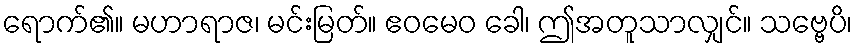
ရောက်၏။ မဟာရာဇ၊ မင်းမြတ်။ ဧဝမေဝ ခေါ၊ ဤအတူသာလျှင်။ သဗ္ဗေပိ၊